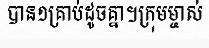
បាន១គ្រាប់ដូចគ្នា។ក្រុមម្ចាស់